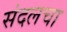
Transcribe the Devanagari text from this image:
संदलचा